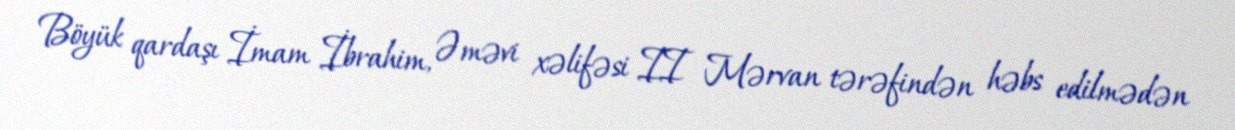
Böyük qardaşı İmam İbrahim, Əməvi xəlifəsi II Mərvan tərəfindən həbs edilmədən